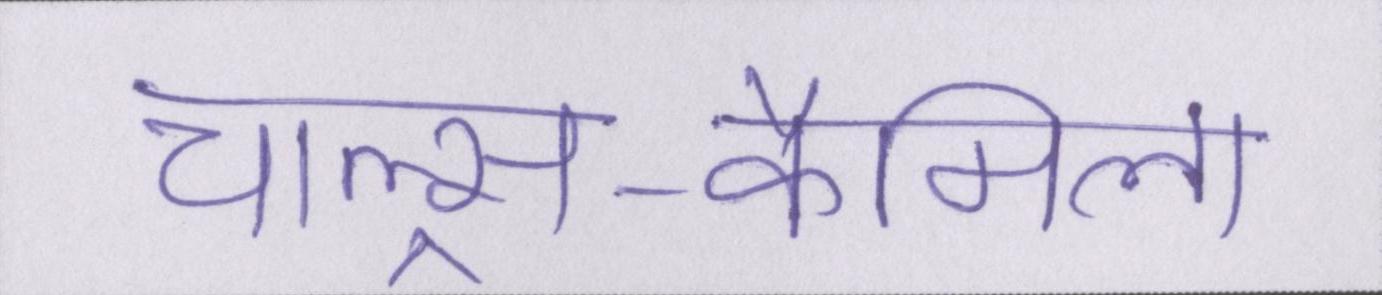
चाल्र्स-कैमिला